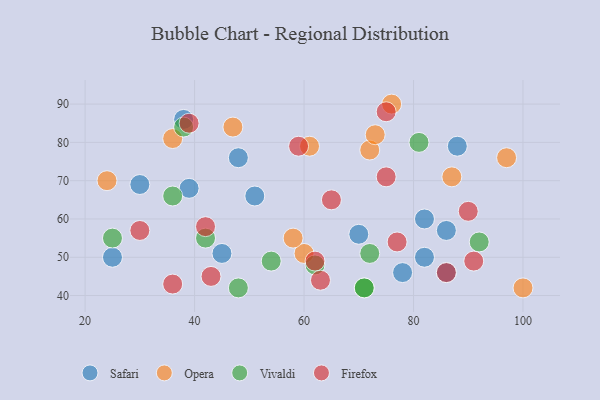
{"axis": {"x": "GDP", "y": "Life Expectancy"}, "legend": ["Firefox", "Opera", "Safari", "Vivaldi"], "data": [{"x": "51", "y": 66, "type": "Safari"}, {"x": "88", "y": 79, "type": "Safari"}, {"x": "38", "y": 86, "type": "Safari"}, {"x": "86", "y": 57, "type": "Safari"}, {"x": "86", "y": 46, "type": "Safari"}, {"x": "82", "y": 60, "type": "Safari"}, {"x": "82", "y": 50, "type": "Safari"}, {"x": "78", "y": 46, "type": "Safari"}, {"x": "25", "y": 50, "type": "Safari"}, {"x": "39", "y": 68, "type": "Safari"}, {"x": "30", "y": 69, "type": "Safari"}, {"x": "70", "y": 56, "type": "Safari"}, {"x": "48", "y": 76, "type": "Safari"}, {"x": "45", "y": 51, "type": "Safari"}, {"x": "72", "y": 78, "type": "Opera"}, {"x": "61", "y": 79, "type": "Opera"}, {"x": "76", "y": 90, "type": "Opera"}, {"x": "73", "y": 82, "type": "Opera"}, {"x": "47", "y": 84, "type": "Opera"}, {"x": "60", "y": 51, "type": "Opera"}, {"x": "87", "y": 71, "type": "Opera"}, {"x": "58", "y": 55, "type": "Opera"}, {"x": "36", "y": 81, "type": "Opera"}, {"x": "97", "y": 76, "type": "Opera"}, {"x": "100", "y": 42, "type": "Opera"}, {"x": "24", "y": 70, "type": "Opera"}, {"x": "25", "y": 55, "type": "Vivaldi"}, {"x": "71", "y": 42, "type": "Vivaldi"}, {"x": "72", "y": 51, "type": "Vivaldi"}, {"x": "62", "y": 48, "type": "Vivaldi"}, {"x": "54", "y": 49, "type": "Vivaldi"}, {"x": "48", "y": 42, "type": "Vivaldi"}, {"x": "92", "y": 54, "type": "Vivaldi"}, {"x": "38", "y": 84, "type": "Vivaldi"}, {"x": "36", "y": 66, "type": "Vivaldi"}, {"x": "71", "y": 42, "type": "Vivaldi"}, {"x": "81", "y": 80, "type": "Vivaldi"}, {"x": "42", "y": 55, "type": "Vivaldi"}, {"x": "36", "y": 43, "type": "Firefox"}, {"x": "65", "y": 65, "type": "Firefox"}, {"x": "59", "y": 79, "type": "Firefox"}, {"x": "62", "y": 49, "type": "Firefox"}, {"x": "63", "y": 44, "type": "Firefox"}, {"x": "30", "y": 57, "type": "Firefox"}, {"x": "90", "y": 62, "type": "Firefox"}, {"x": "75", "y": 71, "type": "Firefox"}, {"x": "42", "y": 58, "type": "Firefox"}, {"x": "39", "y": 85, "type": "Firefox"}, {"x": "91", "y": 49, "type": "Firefox"}, {"x": "77", "y": 54, "type": "Firefox"}, {"x": "43", "y": 45, "type": "Firefox"}, {"x": "75", "y": 88, "type": "Firefox"}, {"x": "86", "y": 46, "type": "Firefox"}]}